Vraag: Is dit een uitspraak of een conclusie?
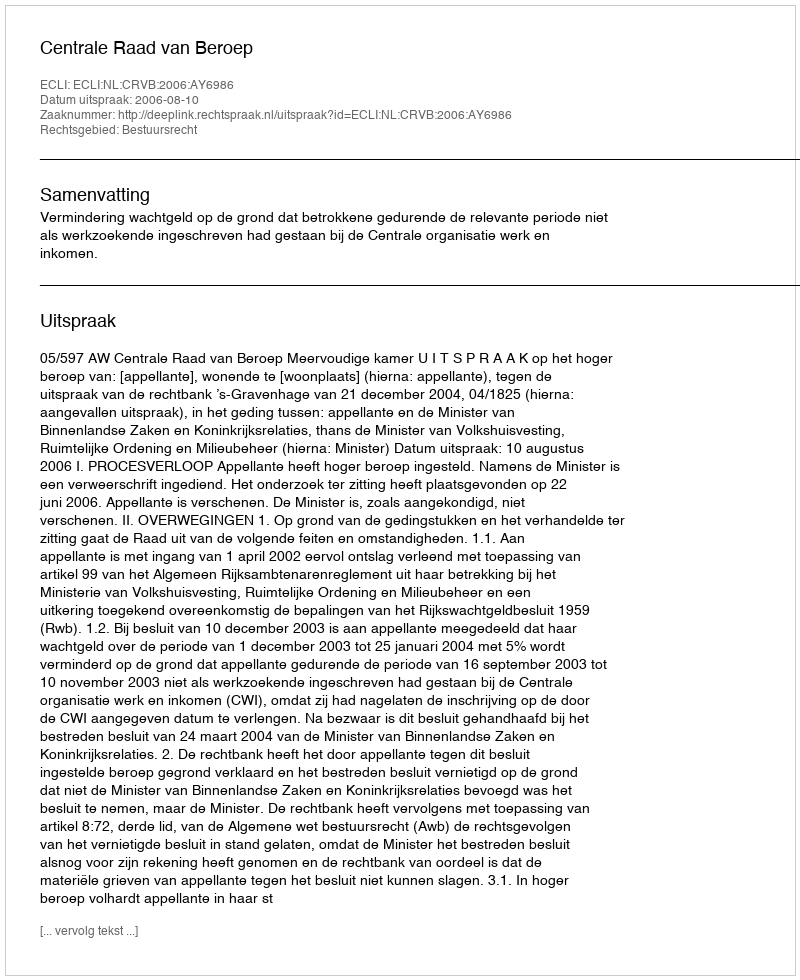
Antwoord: Uitspraak